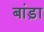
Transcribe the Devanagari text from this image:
बांड़ा